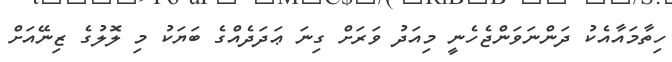
ހިތާމައާއެކު ދަންނަވަންޖެހެނީ މިއަދު ވަރަށް ގިނަ ޢަދަދެއްގެ ބަޔަކު މި ލޮލުގެ ޒިނޭއަށް